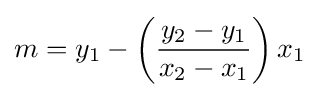
m=y_{1}-\left({\frac {y_{2}-y_{1}}{x_{2}-x_{1}}}\right)x_{1}